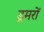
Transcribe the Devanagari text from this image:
ड्रमरों